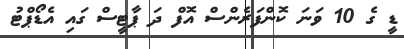
ޑީ ގެ 10 ވަނަ ކޮންފަރެންސް އޮފް ދަ ޕާޓީސް ގައި އެޑޯޕްޓު